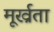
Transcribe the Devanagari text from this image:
मूर्ख्रता